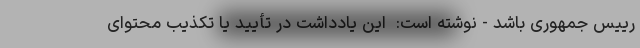
رییس جمهوری باشد - نوشته است: ‌ این یادداشت در تأیید یا تکذیب محتوای